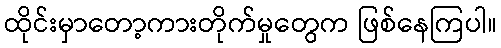
ထိုင်းမှာတော့ကားတိုက်မှုတွေက ဖြစ်နေကြပါ။